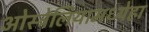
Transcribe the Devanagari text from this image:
ओस्ट्रेलियामध्येहा